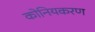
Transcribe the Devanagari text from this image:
कोनियकरण